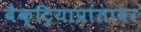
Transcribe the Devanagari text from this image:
बैक्ट्रियाप्रांतावर